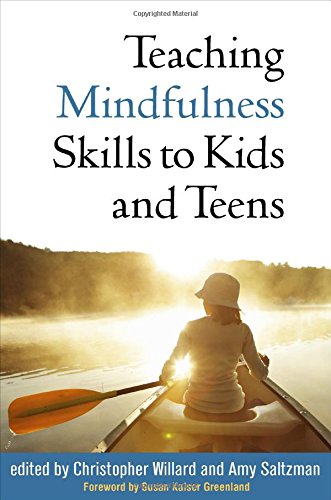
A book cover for Teaching Mindfulness Skills to Kids and Teens; Education & Teaching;